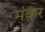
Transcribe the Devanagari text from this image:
मंकर